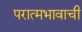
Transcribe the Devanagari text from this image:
परात्मभावाची